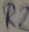
Text: R2